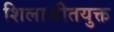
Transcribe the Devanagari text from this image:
शिलाजीतयुक्त